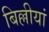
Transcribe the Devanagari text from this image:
बिल्लीयां